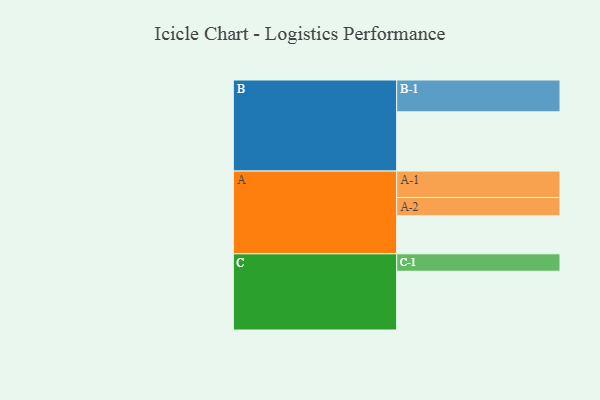
{"axis": {"x": "Segment", "y": "Value"}, "legend": ["", "A", "B", "C"], "data": [{"x": "A", "y": 342, "type": ""}, {"x": "B", "y": 533, "type": ""}, {"x": "C", "y": 529, "type": ""}, {"x": "A-1", "y": 238, "type": "A"}, {"x": "A-2", "y": 165, "type": "A"}, {"x": "B-1", "y": 287, "type": "B"}, {"x": "C-1", "y": 157, "type": "C"}]}